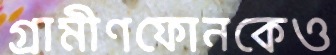
গ্রামীণফোনকেও